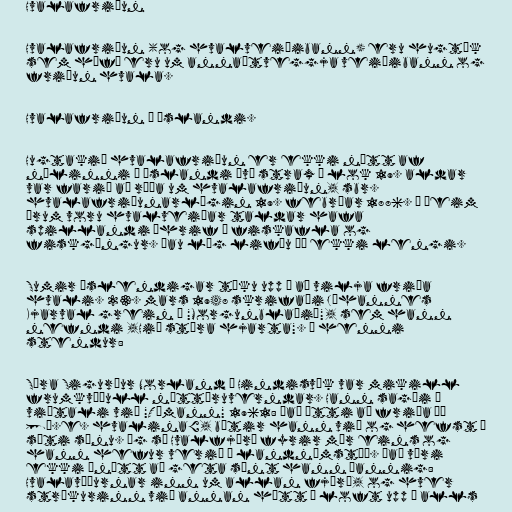
Hvalafriðun

Hvalafriðun (og hvalveiðibann) eru hugtök
sem höfð eru um annaðtveggja veiðibann og
friðun hvala.

Hvalafriðun á Íslandi.

Hugtakið hvalafriðun er ekki nýtt af
nálinni á Íslandi því strax í lok 19. aldar
var farið að ræða um hvalafriðun, sbr.
hvalafriðunarlögin 19. febrúar 1886. Á þeim
árum voru hvalveiðar taldar hafa
spillandi áhrif á fiskafla og
fiskgöngur. Þau lög lifðu þó ekki lengi.

Sumir Íslendigar tóku upp á að vilja friða
hvali. 23. mars 1948 skrifaði Jóhannes
Kjarval grein í "Morgunblaðið", sem hann
nefndi ,Hið stóra hjarta". Í henni
stendur:

Séra Sigurður Norland í Hindisvík var mikill
frumkvöðull náttúruverndar. Hann sagði í
viðtali við "Tímann" 1961: Það ætti að friða þá
[þ.e. hvalina], bætir hann við og hefst í
sæti sínu. Ég sé Hvalfjörð fyrir mér eins og
hann hefur verið á landnámstíð. Það væri
ekki ónýtt að geta sýnt hann þannig:
Hvalavöðurnar inn um allan fjörð, og hver
strókurinn við annan hátt í loft upp — alls